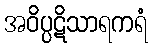
အဝိပ္ပဋိသာရကရံ